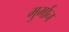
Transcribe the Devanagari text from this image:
मुर्मान